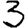
Digit: 3